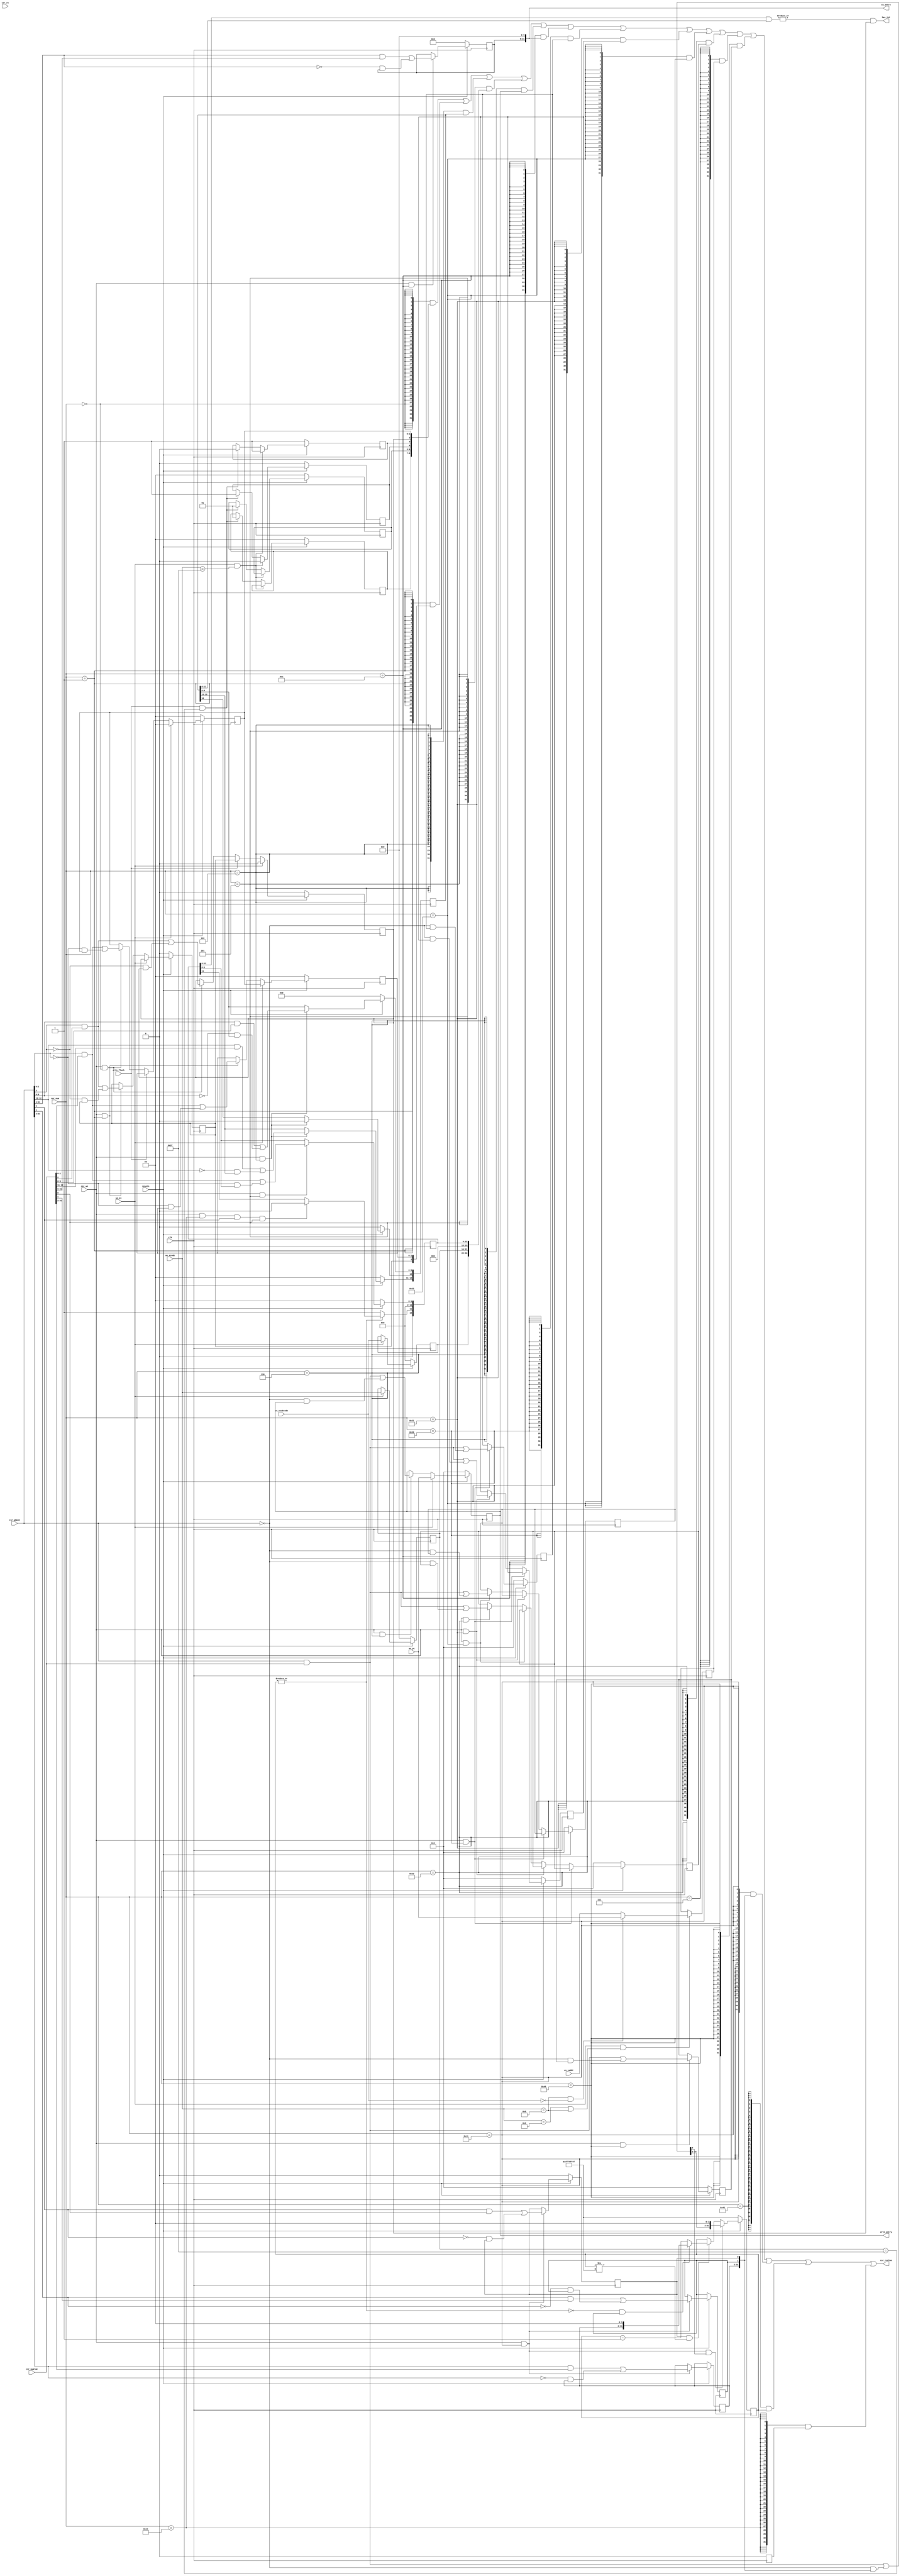
// control state regs
module csr (
    input  wire         clk,
    input  wire         resetn,
    // read port
    output wire [31:0]  csr_rvalue,
    input  wire         csr_re,
    // num port
    input  wire [13:0]  csr_num,
    // write port
    input  wire         csr_we,
    input  wire [31:0]  csr_wmask,
    input  wire [31:0]  csr_wvalue,
    // exception interface
    output wire [31:0]  ex_entry,
    output wire [31:0]  ertn_entry,
    output wire         has_int,
    input  wire         ertn_flush,
    input  wire         ws_ex,
    input  wire [ 5:0]  ws_ecode,
    input  wire [ 8:0]  ws_esubcode,
    input  wire [31:0]  ws_vaddr,
    input  wire [31:0]  ws_pc
);
wire [ 7:0] hw_int_in;
wire        ipi_int_in;
// crmd
wire        en_crmd = csr_num == 14'h0;
wire [31:0] crmd;
reg  [ 1:0] crmd_plv;
reg         crmd_ie;
reg         crmd_da;
reg         crmd_pg;
reg  [ 6:5] crmd_datf;
reg  [ 8:7] crmd_datm;

// prmd
wire        en_prmd = csr_num == 14'h1;
wire [31:0] prmd;
reg  [ 1:0] prmd_pplv;
reg         prmd_pie;

// ecfg
wire        en_ecfg = csr_num == 14'h4;
wire [31:0] ecfg;
reg  [12:0] ecfg_lie;    // ecfg_lie[10] = 0

// estat
wire         en_estat = csr_num == 14'h5;
wire [31: 0] estat;
reg  [12: 0] estat_is;    // estat_is[10] = 0
reg  [21:16] estat_ecode;
reg  [30:22] estat_esubcode;

// era
wire        en_era = csr_num == 14'h6;
wire [31:0] era;
reg  [31:0] era_pc;

// eerntry
wire        en_eentry = csr_num == 14'hc;
wire [31:0] eentry;
reg  [31:6] eentry_va;

// save-n, n=0-3
wire        en_save0 = csr_num == 14'h30;
wire        en_save1 = csr_num == 14'h31;
wire        en_save2 = csr_num == 14'h32;
wire        en_save3 = csr_num == 14'h33;
wire [31:0] save0;
wire [31:0] save1;
wire [31:0] save2;
wire [31:0] save3;
reg  [31:0] save0_data;
reg  [31:0] save1_data;
reg  [31:0] save2_data;
reg  [31:0] save3_data;

// badv
wire        en_badv = csr_num == 14'h7;
wire        ws_ex_addr_err;
wire [31:0] badv;
reg  [31:0] badv_vaddr;

// tid
wire        en_tid = csr_num == 14'h40;
wire [31:0] tid;
reg  [31:0] tid_tid;

// tcfg
wire        en_tcfg = csr_num == 14'h41;
wire [31:0] tcfg;
reg         tcfg_en;
reg         tcfg_periodic;
reg  [31:2] tcfg_initval;
wire [31:0] tcfg_next_value;

// tval
wire        en_tval = csr_num == 14'h42;
wire [31:0] tval;
reg  [31:0] tval_timeval;

// ticlr
wire        en_ticlr = csr_num == 14'h44;
wire [31:0] ticlr;
reg         ticlr_clr;  //  bit  1, .  0.  estat.is 

//--------------------------output signals--------------------------
assign ex_entry     = eentry;
assign ertn_entry   = era;
assign has_int      = (|(estat_is[11:0] & ecfg_lie[11:0])) & crmd_ie;


//--------------------------crmd - plv ie--------------------------
always @(posedge clk) begin
    if (~resetn) begin
        crmd_plv    <= 2'b0;
        crmd_ie     <= 1'b0;
    end else if (ws_ex) begin
        crmd_plv    <= 2'b0;
        crmd_ie     <= 1'b0;
    end else if (ertn_flush) begin
        crmd_plv    <= prmd_pplv;
        crmd_ie     <= prmd_pie;
    end else if (csr_we && en_crmd) begin
        crmd_plv    <= csr_wmask[1:0] & csr_wvalue[1:0] | ~csr_wmask[1:0] & crmd_plv[1:0];
        crmd_ie     <= csr_wmask[2]   & csr_wvalue[2]   | ~csr_wmask[2]   & crmd_ie;
    end
end

//--------------------------crmd - da pg datf datm--------------------------
always @(posedge clk) begin
    if (~resetn) begin
        crmd_da     <= 1'b1;
        crmd_pg     <= 1'b0;
        crmd_datf   <= 2'b0;
        crmd_datm   <= 2'b0;
    end else if (ws_ex && ws_ecode == 6'h3f ) begin
        crmd_da     <= 1'b1;
        crmd_pg     <= 1'b0;
    end else if (ertn_flush && estat_ecode == 6'h3f) begin
        crmd_da     <= 1'b0;
        crmd_pg     <= 1'b1;
        crmd_datf   <= 2'b01;
        crmd_datm   <= 2'b01;
    end
end

//--------------------------prmd - pplv pie--------------------------
always @(posedge clk) begin
    if (~resetn) begin
        prmd_pplv   <= 2'b0;
        prmd_pie    <= 1'b0;
    end else if (ws_ex) begin
        prmd_pplv   <= crmd_plv;
        prmd_pie    <= crmd_ie;
    end else if (csr_we && en_prmd) begin
        prmd_pplv    <= csr_wmask[1:0] & csr_wvalue[1:0] | ~csr_wmask[1:0] & prmd_pplv[1:0];
        prmd_pie     <= csr_wmask[2]   & csr_wvalue[2]   | ~csr_wmask[2]   & prmd_pie;
    end
end

//--------------------------ecfg - lie--------------------------
always @(posedge clk) begin
    if (~resetn) begin
        ecfg_lie    <= 13'b0;
    end else if (csr_we && en_ecfg) begin
        ecfg_lie[9:0]   <= csr_wmask[9:0] & csr_wvalue[9:0] | ~csr_wmask[9:0] & ecfg_lie[9:0];
        ecfg_lie[10]    <= 1'b0;
        ecfg_lie[12:11] <= csr_wmask[12:11] & csr_wvalue[12:11] | ~csr_wmask[12:11] & ecfg_lie[12:11];
    end
end


//--------------------------estat - is--------------------------
assign hw_int_in    = 8'b0;
assign ipi_int_in   = 1'b0;
always @(posedge clk) begin
    if (~resetn) begin
        estat_is[1:0]   <= 2'b0;
    end else if (csr_we && en_estat) begin
        estat_is[1:0]   <= csr_wmask[1:0] & csr_wvalue[1:0] | ~csr_wmask[1:0] & estat_is[1:0];
    end

    estat_is[9:2]   <= hw_int_in[7:0];    // 
    estat_is[10]    <= 1'b0;    // 0
    estat_is[11]    <= ~|tval_timeval ? 1'b1
                    : (csr_we && en_ticlr && csr_wmask[0] && csr_wvalue[0]) ? 1'b0
                    : estat_is[11];   // 
    estat_is[12]    <= ipi_int_in;    // 
end


//--------------------------estat - ecode esubcode--------------------------
always @(posedge clk) begin
    if (~resetn) begin
        estat_ecode     <= 6'b0;
        estat_esubcode  <= 9'b0;
    end else if (ws_ex) begin
        estat_ecode     <= ws_ecode;
        estat_esubcode  <= ws_esubcode;
    end
end


//--------------------------era - pc--------------------------
always @(posedge clk) begin
    if (~resetn) begin
        era_pc  <=  32'b0;
    end else if (ws_ex) begin
        era_pc  <=  ws_pc;
    end else if (csr_we && en_era) begin
        era_pc  <=  csr_wmask[31:0] & csr_wvalue[31:0] | ~csr_wmask[31:0] & era_pc[31:0];
    end
end


//--------------------------eentry - va--------------------------
always @(posedge clk) begin
    if (~resetn) begin
        eentry_va   <= 26'b0;
    end else if (csr_we && en_eentry) begin
        eentry_va   <= csr_wmask[31:6] & csr_wvalue[31:6] | ~csr_wmask[31:6] & eentry_va[31:6];
    end
end


//--------------------------save0~3 - data --------------------------
always @(posedge clk) begin
    if (~resetn) begin
        save0_data  <= 32'b0;
        save1_data  <= 32'b0;
        save2_data  <= 32'b0;
        save3_data  <= 32'b0;
    end else if (csr_we && en_save0) begin
        save0_data  <= csr_wmask[31:0] & csr_wvalue[31:0] | ~csr_wmask[31:0] & save0_data[31:0];
    end else if (csr_we && en_save1) begin
        save1_data  <= csr_wmask[31:0] & csr_wvalue[31:0] | ~csr_wmask[31:0] & save1_data[31:0];
    end else if (csr_we && en_save2) begin
        save2_data  <= csr_wmask[31:0] & csr_wvalue[31:0] | ~csr_wmask[31:0] & save2_data[31:0];
    end else if (csr_we && en_save3) begin
        save3_data  <= csr_wmask[31:0] & csr_wvalue[31:0] | ~csr_wmask[31:0] & save3_data[31:0];
    end
end


//--------------------------badv - vaddr--------------------------
assign ws_ex_addr_err = ws_ecode == 6'h9 || ws_ecode == 6'h8;
always @(posedge clk) begin
    if (ws_ex && ws_ex_addr_err) begin
        badv_vaddr <= (ws_ecode == 6'h8 && ws_esubcode == 9'h0) ? ws_pc : ws_vaddr;
    end 
end


//--------------------------tid - tid--------------------------
always @(posedge clk) begin
    if (~resetn) begin
        tid_tid <= 32'b0;
    end else if (csr_we && en_tid) begin
        tid_tid <= csr_wmask[31:0] & csr_wvalue[31:0] | ~csr_wmask[31:0] & tid_tid[31:0];
    end
end


//--------------------------tcfg - en periodic initval--------------------------
always @(posedge clk) begin
    if (~resetn) begin
        tcfg_en         <= 1'b0;
    end else if (csr_we && en_tcfg) begin
        tcfg_en         <= csr_wmask[0]    & csr_wvalue[0]    | ~csr_wmask[0]    & tcfg_en           ;
        tcfg_periodic   <= csr_wmask[1]    & csr_wvalue[1]    | ~csr_wmask[1]    & tcfg_periodic     ;
        tcfg_initval    <= csr_wmask[31:2] & csr_wvalue[31:2] | ~csr_wmask[31:2] & tcfg_initval[31:2];
    end
end


//--------------------------tval - timeval--------------------------
assign tcfg_next_value = csr_wmask[31:0] & csr_wvalue[31:0] | ~csr_wmask[31:0] & tcfg[31:0];
always @(posedge clk) begin
    if (~resetn) begin
        tval_timeval <= 32'hffffffff;
    end else if (csr_we && en_tcfg && tcfg_next_value[0]) begin // 
        tval_timeval <= {tcfg_next_value[31:2], 2'b00};
    end else if (tcfg_en && tval_timeval != 32'hffffffff) begin
        if (~|tval_timeval && tcfg_periodic) begin // 
            tval_timeval <= {tcfg_initval, 2'b00};
        end else begin
            tval_timeval <= tval_timeval - 1'b1;
        end
    end
end


//--------------------------ticlr - clr--------------------------
always @(posedge clk) begin
    ticlr_clr <= 1'b0;
end


//--------------------------link csr wire and each regs--------------------------
assign crmd     = {23'b0, crmd_datm, crmd_datf, crmd_pg ,crmd_da, crmd_ie, crmd_plv};
assign prmd     = {29'b0, prmd_pie, prmd_pplv};
assign ecfg     = {19'b0, ecfg_lie};
assign estat    = {1'b0, estat_esubcode, estat_ecode, 3'b0, estat_is};
assign era      = era_pc;
assign eentry   = {eentry_va, 6'b0};
assign save0    = save0_data;
assign save1    = save1_data;
assign save2    = save2_data;
assign save3    = save3_data;
assign badv     = badv_vaddr;
assign tid      = tid_tid;
assign tcfg     = {tcfg_initval, tcfg_periodic, tcfg_en};
assign tval     = tval_timeval;
assign ticlr    = {31'b0, ticlr_clr};


//--------------------------csr_rvalue interface--------------------------
assign csr_rvalue = {32{en_crmd  }} & crmd
                  | {32{en_prmd  }} & prmd
                  | {32{en_ecfg  }} & ecfg
                  | {32{en_estat }} & estat
                  | {32{en_era   }} & era
                  | {32{en_eentry}} & eentry
                  | {32{en_save0 }} & save0
                  | {32{en_save1 }} & save1
                  | {32{en_save2 }} & save2
                  | {32{en_save3 }} & save3
                  | {32{en_badv  }} & badv
                  | {32{en_tid   }} & tid
                  | {32{en_tcfg  }} & tcfg
                  | {32{en_tval  }} & tval
                  | {32{en_ticlr }} & ticlr
                  ;

endmodule